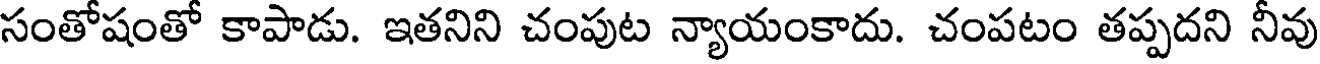
సంతోషంతో కాపాడు. ఇతనిని చంపుట న్యాయంకాదు. చంపటం తప్పదని నీవు